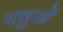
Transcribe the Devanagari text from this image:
वतुओं